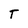
Character: T